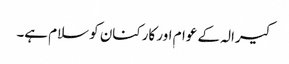
کیرالہ کے عوام اور کارکنان کو سلام ہے۔